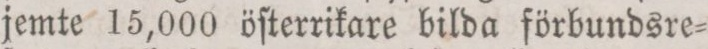
jemte 15,000 öſterrikare bilda förbundsre=